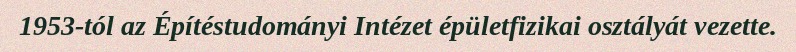
1953-tól az Építéstudományi Intézet épületfizikai osztályát vezette.